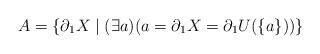
LaTeX: \begin{align*}A = \{ \partial_1 X\mid (\exists a)(a= \partial_1 X = \partial_1 U(\{a\}))\}\end{align*}